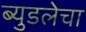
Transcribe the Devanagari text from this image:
ब्युडलेचा